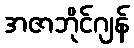
အဇာဘိုင်ဂျန်